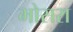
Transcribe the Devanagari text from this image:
भोसरा